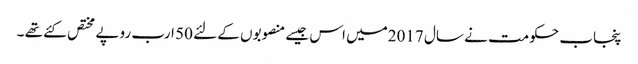
پنجاب حکومت نے سال 2017میں اس جیسے منصوبوں کے لئے 50 ارب روپے مختص کئے تھے ۔